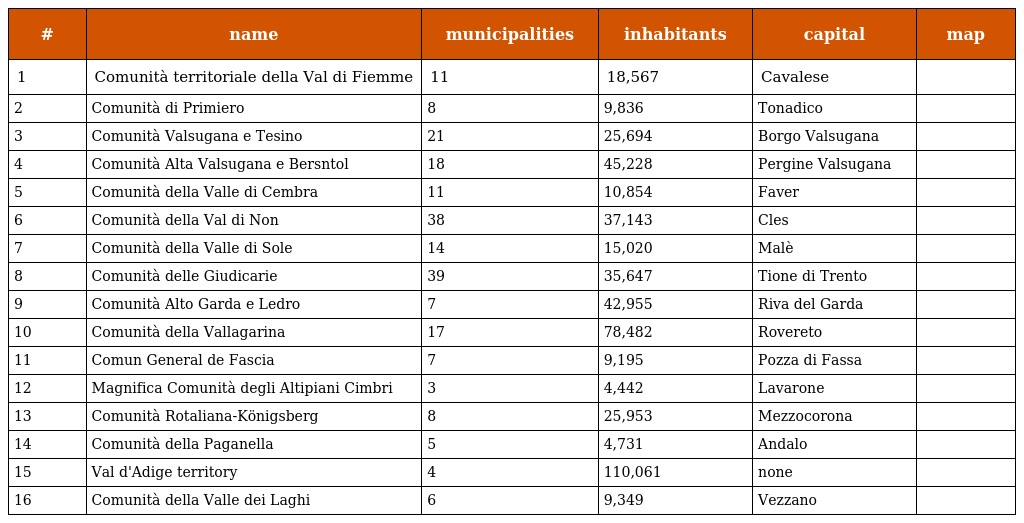
| # | name | municipalities | inhabitants | capital | map |
 | --- | --- | --- | --- | --- | --- |
 | 1 | Comunità territoriale della Val di Fiemme | 11 | 18,567 | Cavalese |  |
 | 2 | Comunità di Primiero | 8 | 9,836 | Tonadico |  |
 | 3 | Comunità Valsugana e Tesino | 21 | 25,694 | Borgo Valsugana |  |
 | 4 | Comunità Alta Valsugana e Bersntol | 18 | 45,228 | Pergine Valsugana |  |
 | 5 | Comunità della Valle di Cembra | 11 | 10,854 | Faver |  |
 | 6 | Comunità della Val di Non | 38 | 37,143 | Cles |  |
 | 7 | Comunità della Valle di Sole | 14 | 15,020 | Malè |  |
 | 8 | Comunità delle Giudicarie | 39 | 35,647 | Tione di Trento |  |
 | 9 | Comunità Alto Garda e Ledro | 7 | 42,955 | Riva del Garda |  |
 | 10 | Comunità della Vallagarina | 17 | 78,482 | Rovereto |  |
 | 11 | Comun General de Fascia | 7 | 9,195 | Pozza di Fassa |  |
 | 12 | Magnifica Comunità degli Altipiani Cimbri | 3 | 4,442 | Lavarone |  |
 | 13 | Comunità Rotaliana-Königsberg | 8 | 25,953 | Mezzocorona |  |
 | 14 | Comunità della Paganella | 5 | 4,731 | Andalo |  |
 | 15 | Val d'Adige territory | 4 | 110,061 | none |  |
 | 16 | Comunità della Valle dei Laghi | 6 | 9,349 | Vezzano |  |